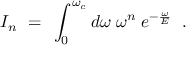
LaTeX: I _ { n } ~ = ~ \int _ { 0 } ^ { \omega _ { c } } d \omega \; \omega ^ { n } \; e ^ { - \frac { \omega } { E } } \; \; .